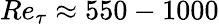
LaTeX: Re_{\tau}\approx 550-1000